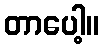
တာပေါ့။